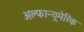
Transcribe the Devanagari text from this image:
अल्फान्यूमेरिक